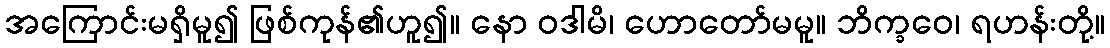
အကြောင်းမရှိမူ၍ ဖြစ်ကုန်၏ဟူ၍။ နော ဝဒါမိ၊ ဟောတော်မမူ။ ဘိက္ခဝေ၊ ရဟန်းတို့။